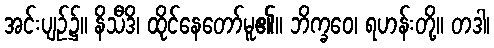
အင်းပျဉ်၌။ နိသီဒိ၊ ထိုင်နေတော်မူ၏။ ဘိက္ခဝေ၊ ရဟန်းတို့။ တဒါ၊